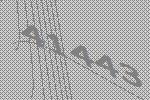
41443